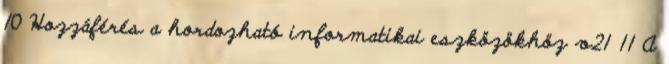
10 Hozzáférés a hordozható informatikai eszközökhöz v21 11 A